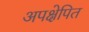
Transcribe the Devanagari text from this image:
अपक्षेपित